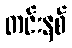
တင်းနစ်